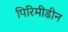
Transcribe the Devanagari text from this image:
पिरिमीडीन